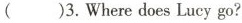
()3. Where does Lucy go?